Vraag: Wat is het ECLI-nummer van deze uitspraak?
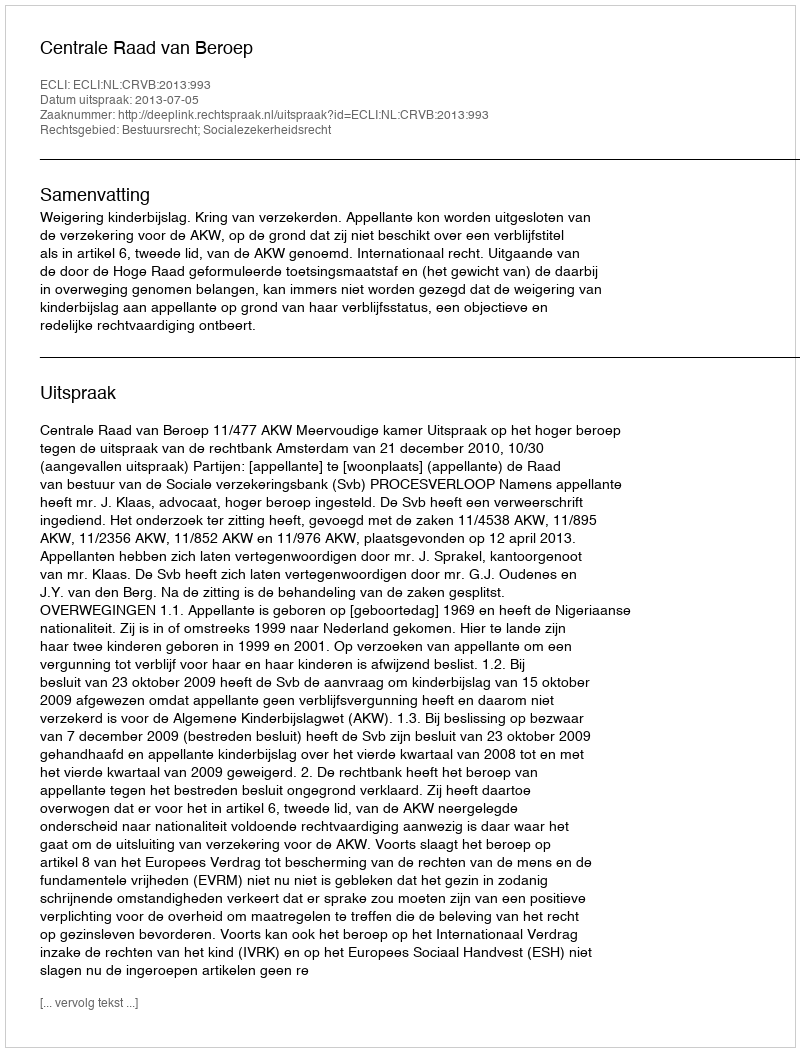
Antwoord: ECLI:NL:CRVB:2013:993